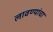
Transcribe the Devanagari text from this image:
लावण्यांचा